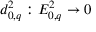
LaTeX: d _ { 0 , q } ^ { 2 } : E _ { 0 , q } ^ { 2 } \to 0